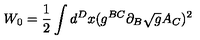
W _ { 0 } = \frac { 1 } { 2 } \int d ^ { D } x ( g ^ { B C } \partial _ { B } \sqrt { g } A _ { C } ) ^ { 2 }